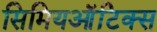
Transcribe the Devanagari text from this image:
सिमियऑटिक्स